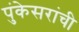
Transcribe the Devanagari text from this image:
पुंकेसरांची